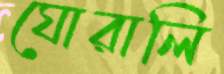
ঘোরালি